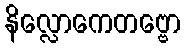
နိလ္လောကေတဗ္ဗော